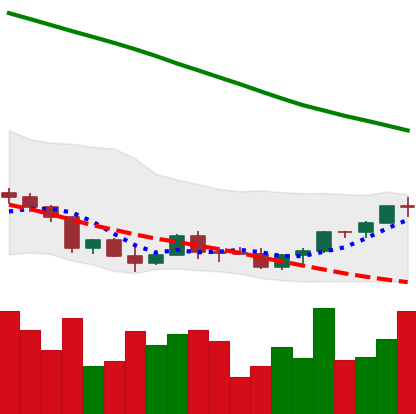
Ticker: EOS-USD
Chart end date: 2022-03-20
Forward return: 13.474%
Label: up_7plus